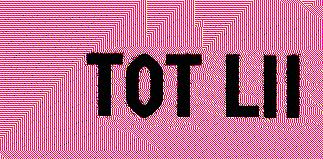
TOT LII